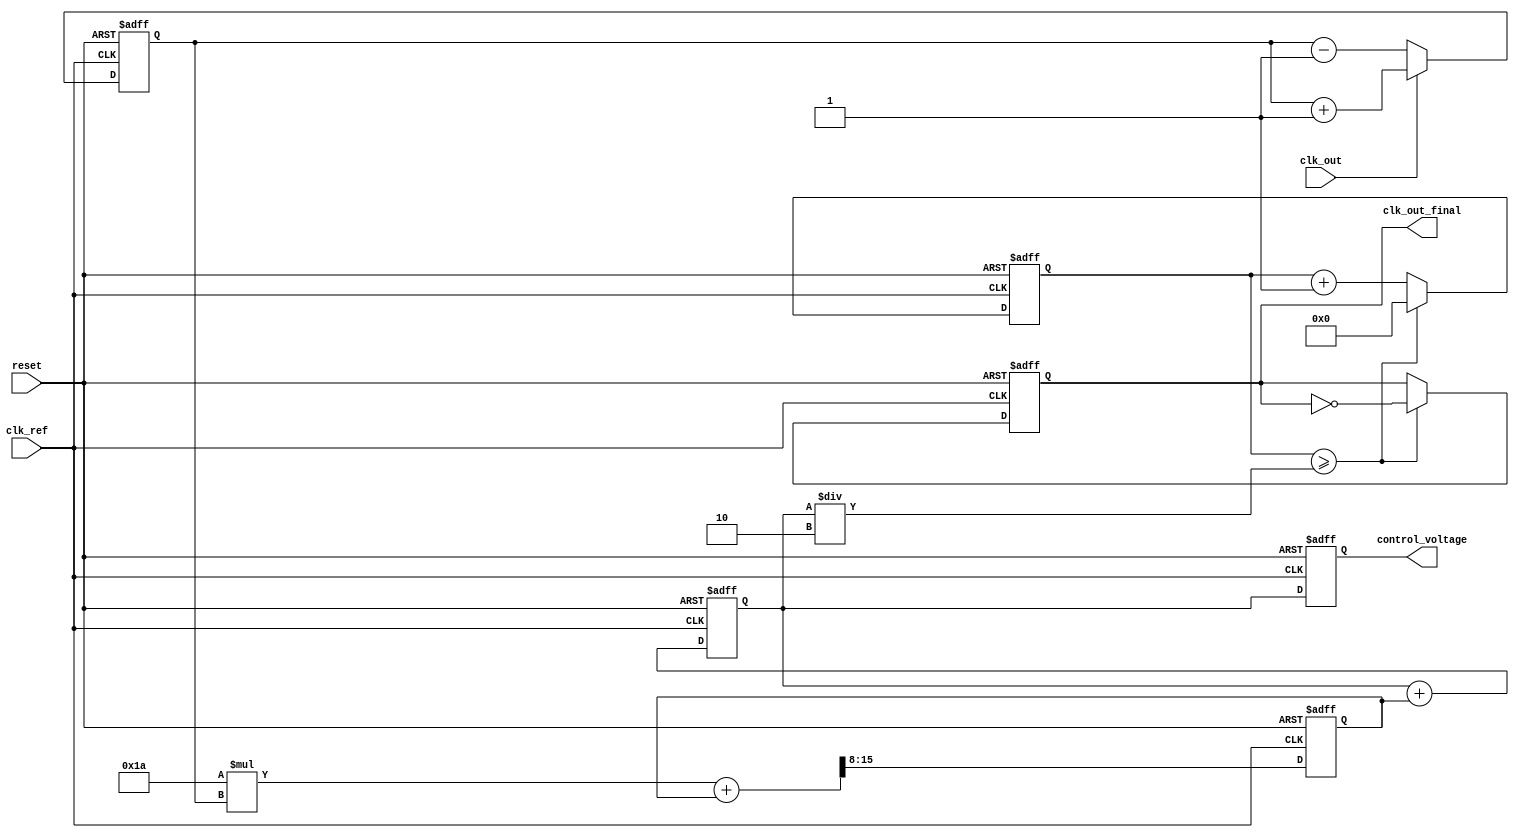
module MemoryBlocksPLL(
    input wire clk_ref,           // Reference clock input
    input wire clk_out,           // Output clock feedback
    input wire reset,             // Reset signal
    output reg clk_out_final,     // Final output clock
    output reg [7:0] control_voltage // Control voltage (simulated)
);

// Parameters for the PLL (these can be adjusted)
parameter integer DIVISOR = 2; // Frequency divider (optional)
parameter integer FILTER_COEFF = 8'h1A; // Loop filter coefficient

// Internal signals
reg [15:0] phase_error;          // Phase error signal
reg [7:0] filtered_error;        // Filtered error signal
reg [7:0] vco_frequency;         // VCO frequency control
reg [31:0] counter;              // Counter for output clock generation

// Phase Detector (PD)
always @(posedge clk_ref or posedge reset) begin
    if (reset) begin
        phase_error <= 0;
    end else begin
        // Simple phase detector implementation
        if (clk_out) begin
            phase_error <= phase_error + 1; // Increment if clk_out is high
        end else begin
            phase_error <= phase_error - 1; // Decrement if clk_out is low
        end
    end
end

// Loop Filter (LF)
always @(posedge clk_ref or posedge reset) begin
    if (reset) begin
        filtered_error <= 0;
    end else begin
        // Simple low-pass filter
        filtered_error <= (FILTER_COEFF * phase_error + filtered_error) >> 8; // Basic filtering
    end
end

// Voltage-Controlled Oscillator (VCO)
always @(posedge clk_ref or posedge reset) begin
    if (reset) begin
        vco_frequency <= 8'd128; // Initial frequency
    end else begin
        // Update VCO frequency based on filtered error
        vco_frequency <= vco_frequency + filtered_error;
    end
end

// Output Clock Generation
always @(posedge clk_ref or posedge reset) begin
    if (reset) begin
        counter <= 0;
        clk_out_final <= 0;
    end else begin
        counter <= counter + 1;
        if (counter >= (vco_frequency / DIVISOR)) begin
            clk_out_final <= ~clk_out_final; // Toggle output clock
            counter <= 0; // Reset counter
        end
    end
end

// Control Voltage Output (for simulation purposes)
always @(posedge clk_ref or posedge reset) begin
    if (reset) begin
        control_voltage <= 8'd0; // Reset control voltage
    end else begin
        control_voltage <= vco_frequency; // Output current VCO frequency as control voltage
    end
end

endmodule